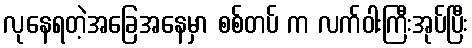
လုနေရတဲ့အခြေအနေမှာ စစ်တပ် က လက်ဝါးကြီးအုပ်ပြီး